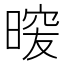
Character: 𭦿